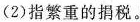
(2)指繁重的捐税。